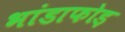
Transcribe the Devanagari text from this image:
भांडाफोड़